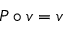
P \circ v = v